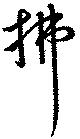
払